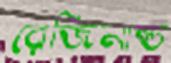
রেজিনাল্ড